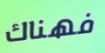
فهناك